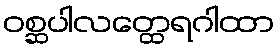
ဝစ္ဆပါလတ္ထေရဂါထာ